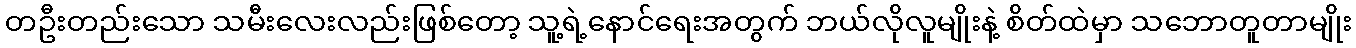
တဦးတည်းသော သမီးလေးလည်းဖြစ်တော့ သူ့ရဲ့နောင်ရေးအတွက် ဘယ်လိုလူမျိုးနဲ့ စိတ်ထဲမှာ သဘောတူတာမျိုး